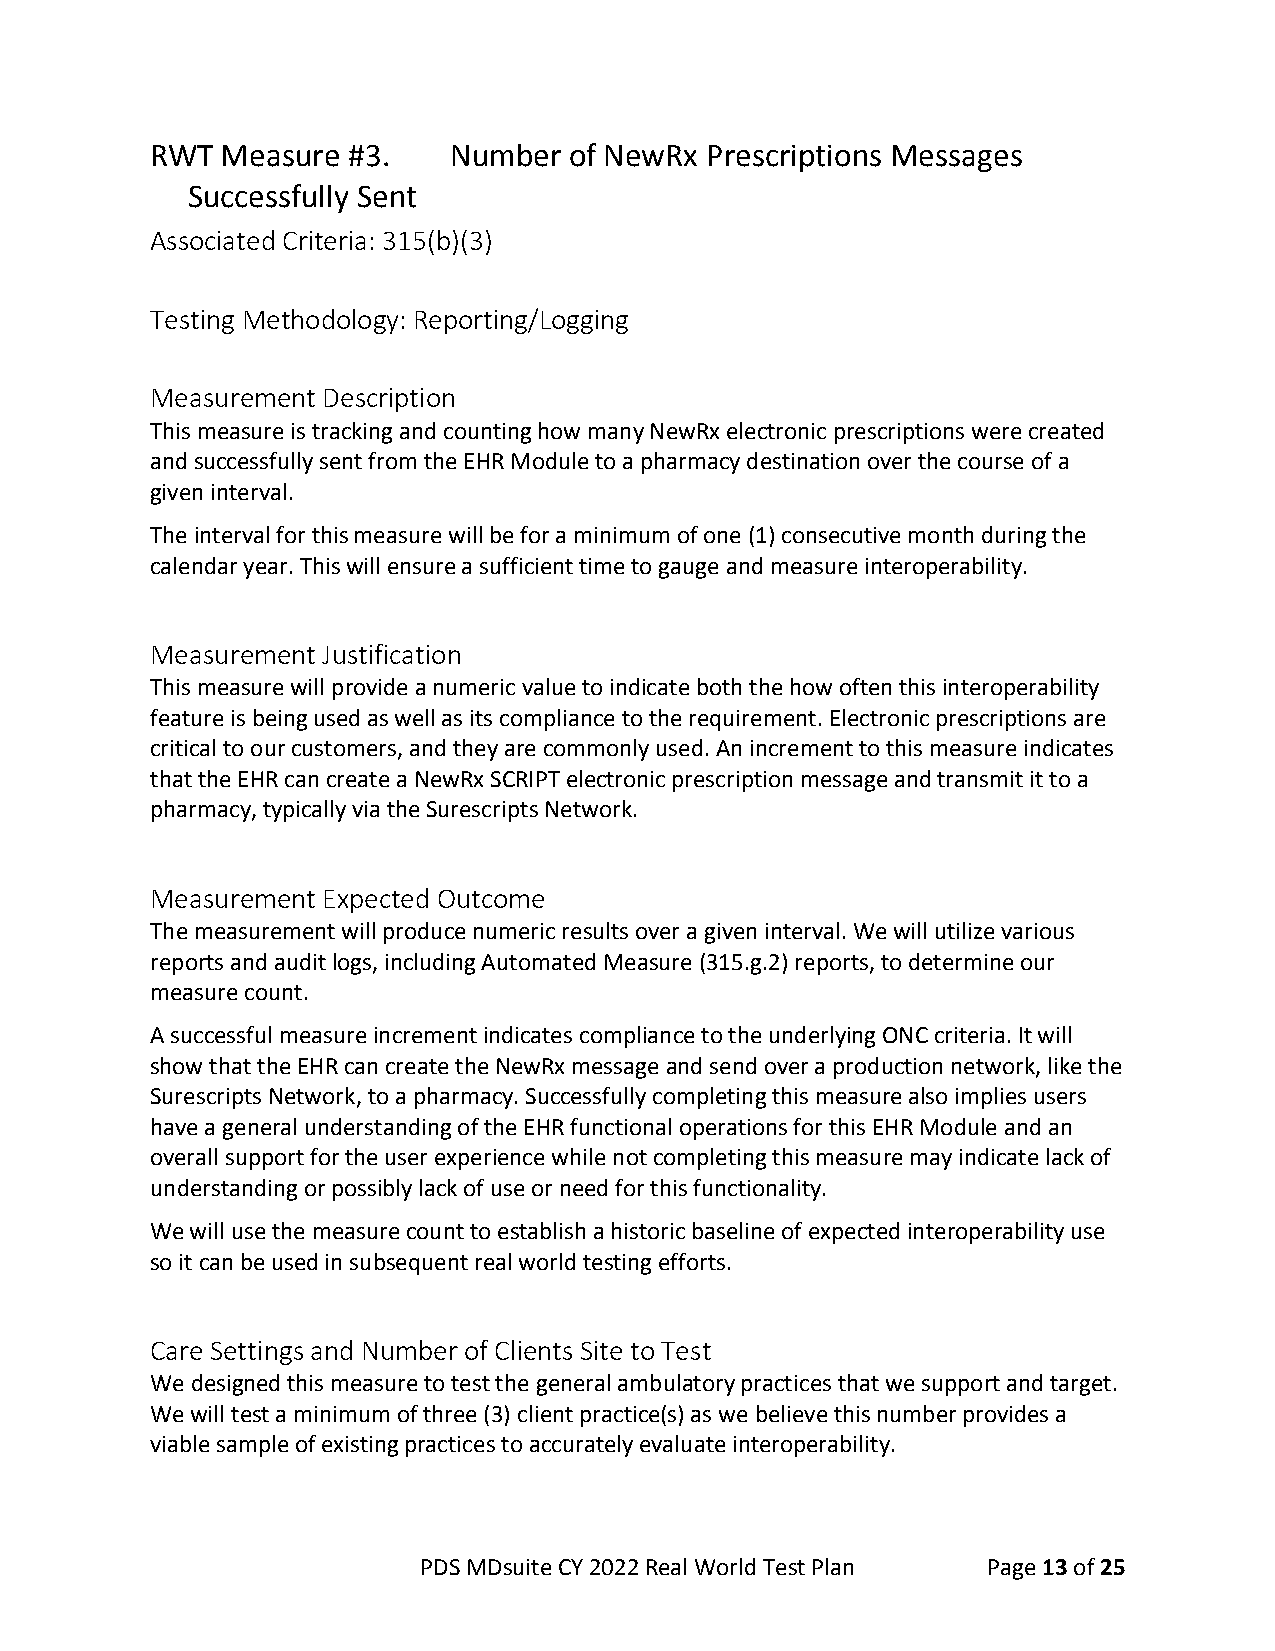
RWT  Measure #3.    Number  of NewRx Prescriptions Messages
 Successfully Sent
 Associated Criteria: 315(b)(3)
 Testing Methodology: Reporting/Logging
 Measurement Description
 This measure is tracking and counting how many NewRx electronic prescriptions were created
 and successfully sent from the EHR Module to a pharmacy destination over the course of a
 given interval.
 The interval for this measure will be for a minimum of one (1) consecutive month during the
 calendar year. This will ensure a sufficient time to gauge and measure interoperability.
 Measurement Justification
 This measure will provide a numeric value to indicate both the how often this interoperability
 feature is being used as well as its compliance to the requirement. Electronic prescriptions are
 critical to our customers, and they are commonly used. An increment to this measure indicates
 that the EHR can create a NewRx SCRIPT electronic prescription message and transmit it to a
 pharmacy, typically via the Surescripts Network.
 Measurement Expected Outcome
 The measurement will produce numeric results over a given interval. We will utilize various
 reports and audit logs, including Automated Measure (315.g.2) reports, to determine our
 measure count.
 A successful measure increment indicates compliance to the underlying ONC criteria. It will
 show that the EHR can create the NewRx message and send over a production network, like the
 Surescripts Network, to a pharmacy. Successfully completing this measure also implies users
 have a general understanding of the EHR functional operations for this EHR Module and an
 overall support for the user experience while not completing this measure may indicate lack of
 understanding or possibly lack of use or need for this functionality.
 We will use the measure count to establish a historic baseline of expected interoperability use
 so it can be used in subsequent real world testing efforts.
 Care Settings and Number of Clients Site to Test
 We designed this measure to test the general ambulatory practices that we support and target.
 We will test a minimum of three (3) client practice(s) as we believe this number provides a
 viable sample of existing practices to accurately evaluate interoperability.
 PDS MDsuite CY 2022 Real World Test Plan Page 13 of 25